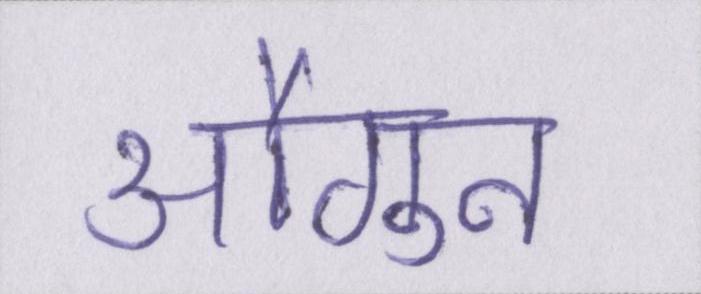
औगुन